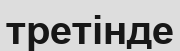
третінде